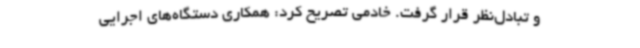
و تبادل‌نظر قرار گرفت. خادمی تصریح کرد: همکاری دستگاه‌های اجرایی